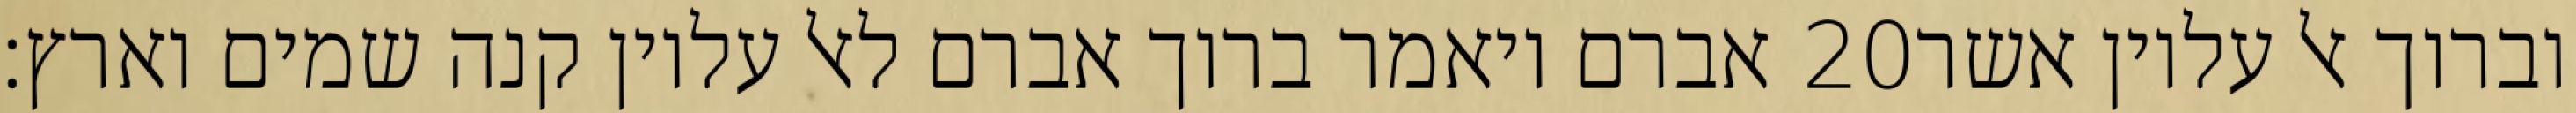
אברם ויאמר ברוך אברם לאל עליון קנה שמים וארץ׃ ‎20‏ וברוך אל עליון אשר